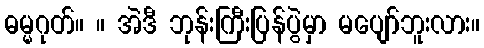
ဓမ္မဂုတ်။ ။ အဲဒီ ဘုန်းကြီးပြန်ပွဲမှာ မပျော်ဘူးလား။